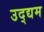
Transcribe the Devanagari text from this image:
उद्द्यम